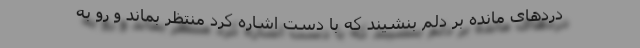
دردهای مانده بر دلم بنشیند که با دست اشاره کرد منتظر بماند و رو به